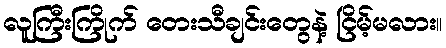
လူကြီးကြိုက် တေးသီချင်းတွေနဲ့ ငြိမ့်မလား။